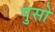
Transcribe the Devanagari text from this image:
पुसो